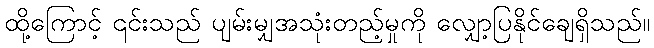
ထို့ကြောင့် ၎င်းသည် ပျမ်းမျှအသုံးတည့်မှုကို လျှော့ပြနိုင်ချေရှိသည်။